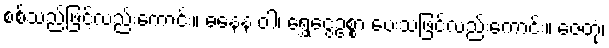
စစ်သည်ဖြင့်လည်းကောင်း။ ဓနေန ဝါ၊ ရွှေငွေဥစ္စာ ပေးသဖြင့်လည်းကောင်း။ ဇေတုံ၊